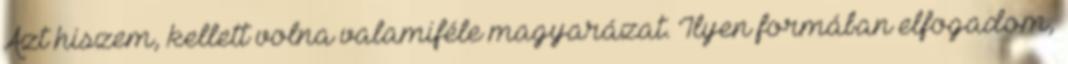
Azt hiszem, kellett volna valamiféle magyarázat. Ilyen formában elfogadom,